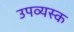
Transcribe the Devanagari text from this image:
उपव्यस्क